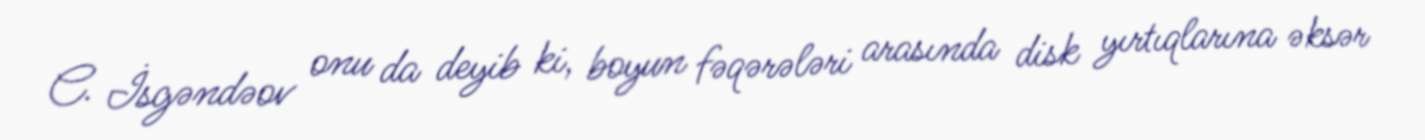
C. İsgəndəov onu da deyib ki, boyun fəqərələri arasında disk yırtıqlarına əksər